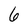
Character: 6